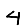
Digit: 4